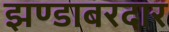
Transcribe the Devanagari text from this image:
झण्डाबरदार